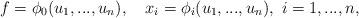
LaTeX: \begin{align*} f=\phi_0(u_1,...,u_n),~~~x_i=\phi_i(u_1,...,u_n),~i=1,...,n, \end{align*}